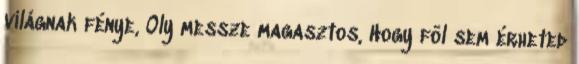
világnak fénye, Oly messze magasztos, Hogy föl sem érheted